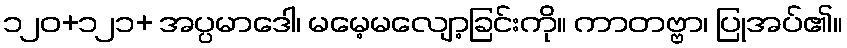
၁၂၀+၁၂၁+ အပ္ပမာဒေါ၊ မမေ့မလျော့ခြင်းကို။ ကာတဗ္ဗာ၊ ပြုအပ်၏။